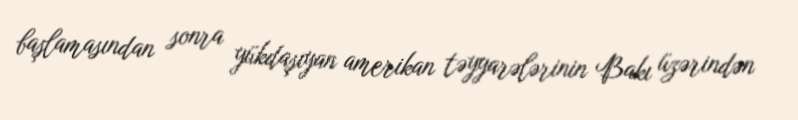
başlamasından sonra yükdaşıyan amerikan təyyarələrinin Bakı üzərindən